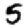
Digit: 5